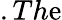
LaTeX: .Th\mathrm{e}